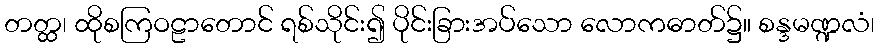
တတ္ထ၊ ထိုစကြဝဠာတောင် ရစ်သိုင်း၍ ပိုင်းခြားအပ်သော လောကဓာတ်၌။ စန္ဒမဏ္ဍလံ၊